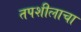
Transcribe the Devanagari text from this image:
तपशीलाचा